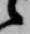
候